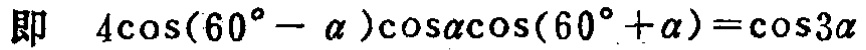
即 \(4\cos(60^{\circ}-\alpha)\cos\alpha\cos(60^{\circ}+\alpha)=\cos3\alpha\)